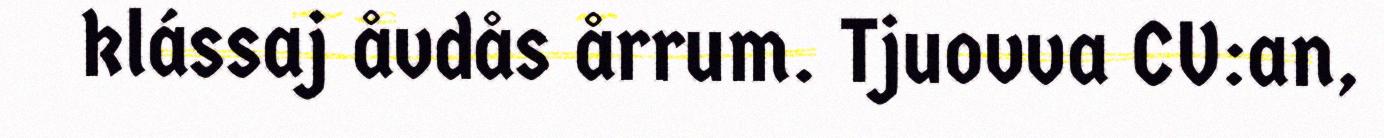
klássaj åvdås årrum. Tjuovva CV:an,